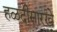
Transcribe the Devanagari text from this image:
हळदीसारखे